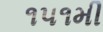
૧૫૧મી